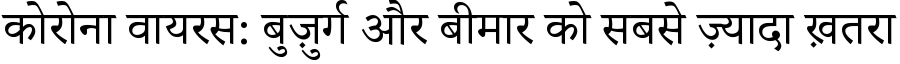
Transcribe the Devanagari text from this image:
कोरोना वायरस: बुज़ुर्ग और बीमार को सबसे ज़्यादा ख़तरा